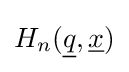
H_{n}({\underline {q}},{\underline {x}})